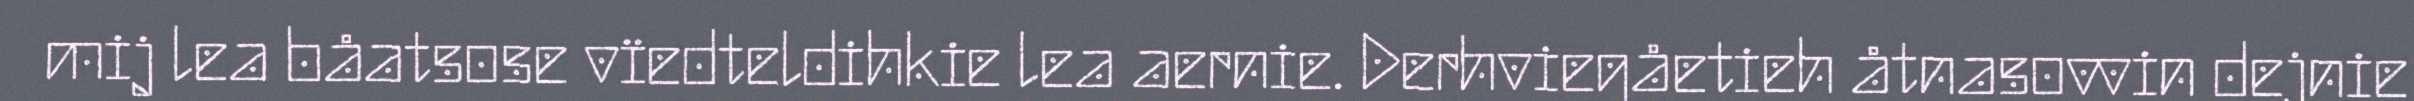
mij lea båatsose vïedteldihkie lea aernie. Derhviegåetieh åtnasovvin dejnie